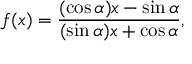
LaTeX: f ( x ) = { \frac { ( \cos \alpha ) x - \sin \alpha } { ( \sin \alpha ) x + \cos \alpha } } ,